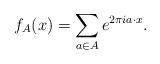
LaTeX: \begin{align*} f_A(x) = \sum_{a \in A} e^{2 \pi i a \cdot x}. \end{align*}